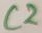
Text: C2